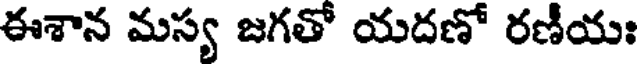
ఈశాన మస్య జగతో యదణో రణీయః